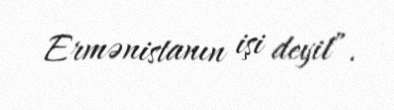
Ermənistanın işi deyil”.